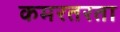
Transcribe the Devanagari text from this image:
कमरतरता